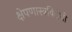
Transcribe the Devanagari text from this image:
क्षेपणास्त्रविरोधी